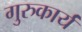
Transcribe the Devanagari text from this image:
गुरुकार्यं